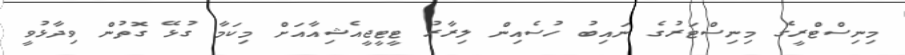
މިނިސްޓްރީގެ މިނިސްޓަރުގެ ނައިބު ހުސެއިން ލިރާރު ޓީޓީޖީއެޝިއާއަށް މިކަމާ ގުޅޭ ގޮތުން ވިދާޅުވީ